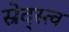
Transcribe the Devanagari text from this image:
स्रेद्स्त्व